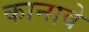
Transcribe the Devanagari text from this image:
कानावे